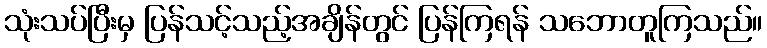
သုံးသပ်ပြီးမှ ပြန်သင့်သည့်အချိန်တွင် ပြန်ကြရန် သဘောတူကြသည်။